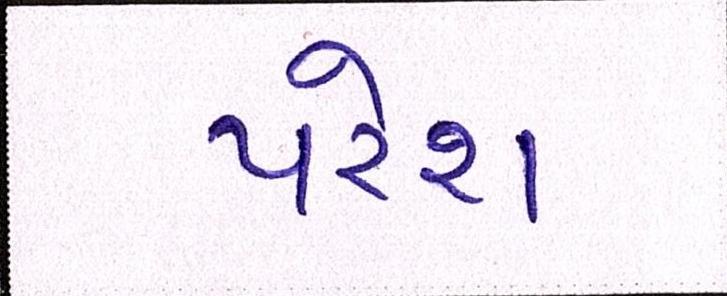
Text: પરેશ